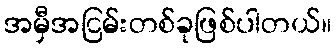
အမှီအငြမ်းတစ်ခုဖြစ်ပါတယ်။